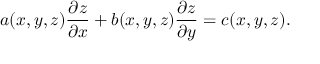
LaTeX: a ( x , y , z ) { \frac { \partial z } { \partial x } } + b ( x , y , z ) { \frac { \partial z } { \partial y } } = c ( x , y , z ) .